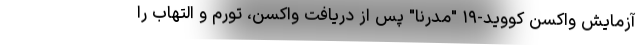
آزمایش واکسن کووید-۱۹ "مدرنا" پس از دریافت واکسن، تورم و التهاب را